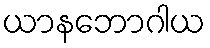
ယာနဘောဂါယ